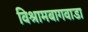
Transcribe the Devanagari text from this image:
विश्रामबागवाडा